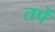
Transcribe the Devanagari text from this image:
तपें